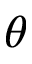
\theta